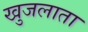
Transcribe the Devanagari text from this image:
खुजलाता